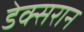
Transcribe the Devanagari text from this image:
डेक्सरान